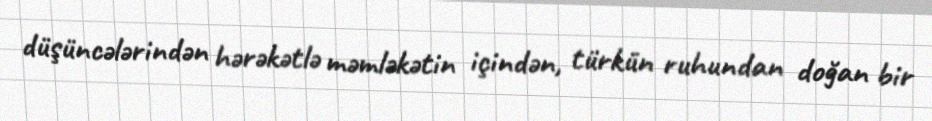
düşüncələrindən hərəkətlə məmləkətin içindən, türkün ruhundan doğan bir